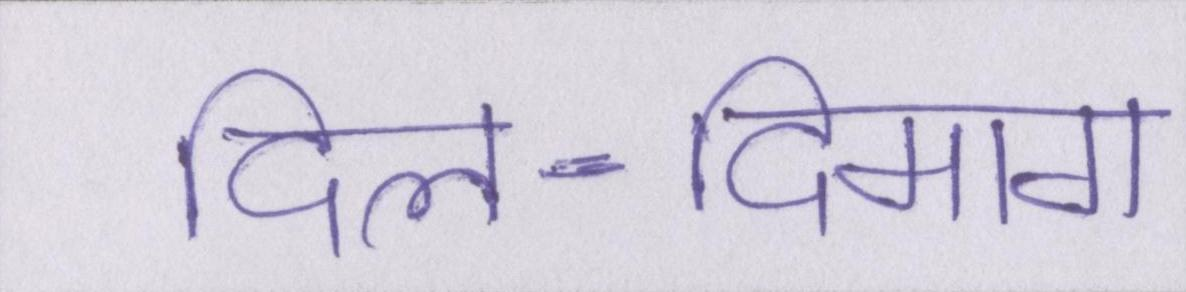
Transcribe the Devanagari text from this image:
दिल-दिमाग